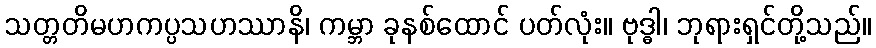
သတ္တတိမဟကပ္ပသဟဿာနိ၊ ကမ္ဘာ ခုနစ်ထောင် ပတ်လုံး။ ဗုဒ္ဓါ၊ ဘုရားရှင်တို့သည်။